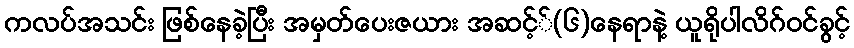
ကလပ်အသင်း ဖြစ်နေခဲ့ပြီး အမှတ်ပေးဇယား အဆင့််(၆)နေရာနဲ့ ယူရိုပါလိဂ်ဝင်ခွင့်